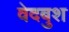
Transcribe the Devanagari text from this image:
वेदबुश